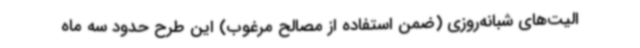
الیت‌های شبانه‌روزی (ضمن استفاده از مصالح مرغوب) این طرح حدود سه ماه